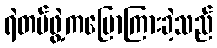
ရဲတပ်ဖွဲ့ကပြောကြားခဲ့သည်